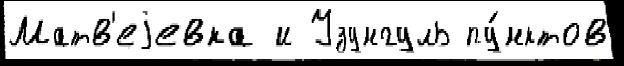
Матв'еjевка и Узунгуль пу́нктов